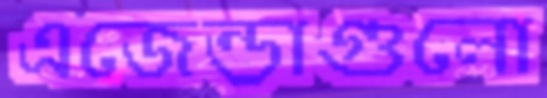
এজেন্ডাগুলো